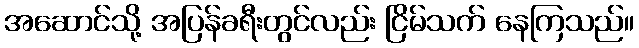
အဆောင်သို့ အပြန်ခရီးတွင်လည်း ငြိမ်သက် နေကြသည်။